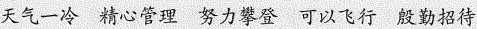
天气一冷 精心管理 努力攀登 可以飞行 殷勤招待